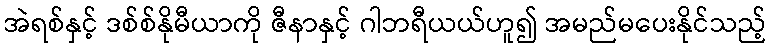
အဲရစ်နှင့် ဒစ်စ်နိုမီယာကို ဇီနာနှင့် ဂါဘရီယယ်ဟူ၍ အမည်မပေးနိုင်သည့်